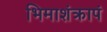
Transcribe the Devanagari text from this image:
भिमाशंक्रापं